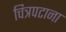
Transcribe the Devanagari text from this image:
चित्रपटाना